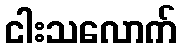
ငါးသလောက်